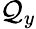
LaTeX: \mathcal{Q}_{y}